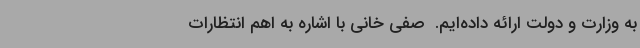
به وزارت و دولت ارائه داده‌ایم. ‌ صفی خانی با اشاره به اهم انتظارات